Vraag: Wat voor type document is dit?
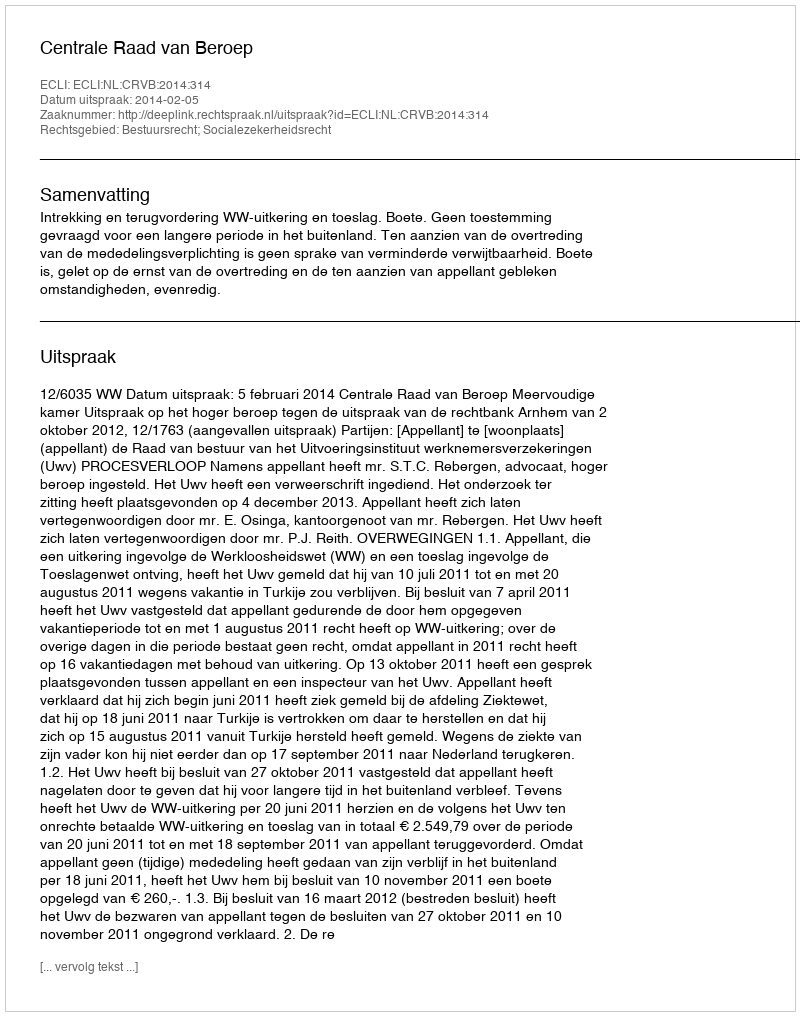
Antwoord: Uitspraak